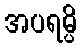
အပရမ္ပိ